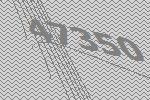
47350